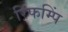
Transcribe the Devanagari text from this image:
रिफम्पिं